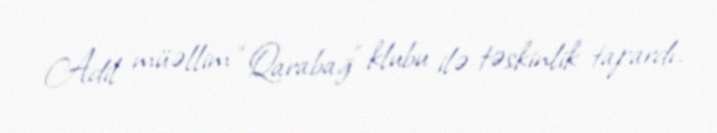
Adil müəllim “Qarabağ” klubu ilə təskinlik tapardı.